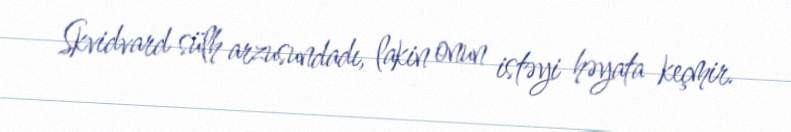
Skvidvard sülh arzusundadı, lakin onun istəyi həyata keçmir.